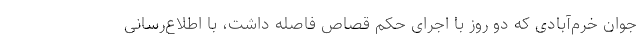
جوان خرم‌آبادی که دو روز با اجرای حکم قصاص فاصله داشت، با اطلاع‌رسانی